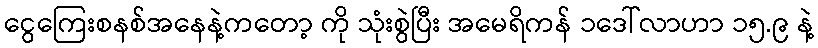
ငွေကြေးစနစ်အနေနဲ့ကတော့ ကို သုံးစွဲပြီး အမေရိကန် ၁ဒေါ်လာဟာ ၁၅.၉ နဲ့